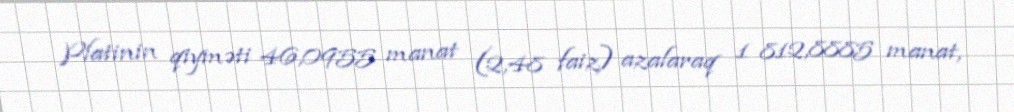
Platinin qiyməti 46,0955 manat (2,48 faiz) azalaraq 1 812,8885 manat,